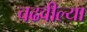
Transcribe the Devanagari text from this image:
चढवील्या